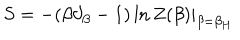
LaTeX: S = - ( \beta \partial _ { \beta } - 1 ) \ln Z ( \beta ) | _ { \beta = \beta _ { H } }